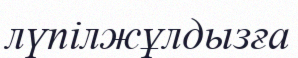
лүпілжұлдызға